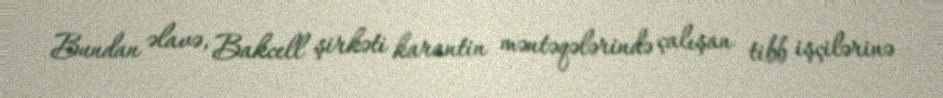
Bundan əlavə, Bakcell şirkəti karantin məntəqələrində çalışan tibb işçilərinə